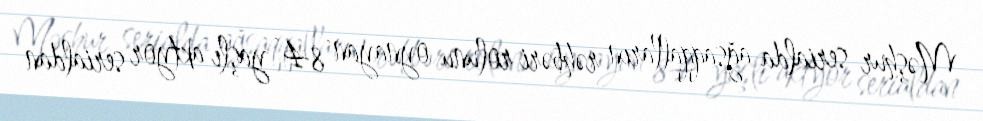
Məşhur serialda ağsaqqalların rəhbəri rolunu oynayan 84 yaşlı aktyor serialdan